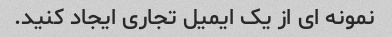
نمونه ای از یک ایمیل تجاری ایجاد کنید.